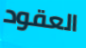
العقود